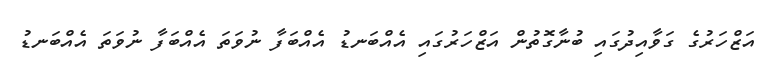
އަޒްހަރުގެ ގަވާއިދުގައި ބުނާގޮތުން އަޒްހަރުގައި އެއްބަނޑު އެއްބަފާ ނުވަތަ އެއްބަފާ ނުވަތަ އެއްބަނޑު